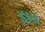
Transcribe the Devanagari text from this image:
ड्राच